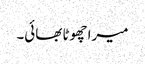
میرا چھوٹا بھائی۔